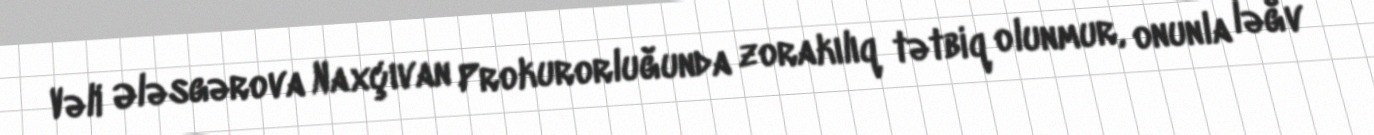
Vəli Ələsgərova Naxçıvan Prokurorluğunda zorakılıq tətbiq olunmur, onunla ləğv